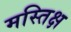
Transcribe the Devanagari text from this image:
मस्तिक्ष